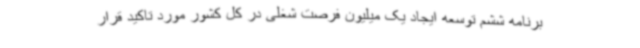
برنامه ششم توسعه ایجاد یک میلیون فرصت شغلی در کل کشور مورد تاکید قرار